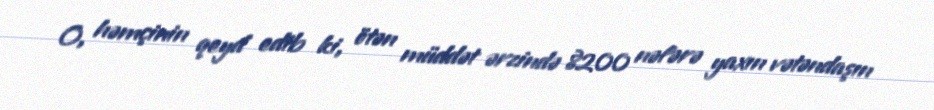
O, həmçinin qeyd edib ki, ötən müddət ərzində 8200 nəfərə yaxın vətəndaşın